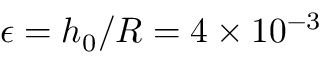
\epsilon = h _ { 0 } / R = 4 \times 1 0 ^ { - 3 }